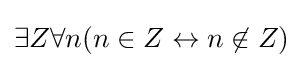
\exists Z\forall n(n\in Z\leftrightarrow n\not \in Z)